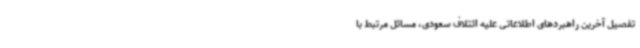
تفصیل آخرین راهبردهای اطلاعاتی علیه ائتلاف سعودی، مسائل مرتبط با